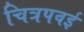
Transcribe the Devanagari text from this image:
चित्रपवई